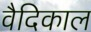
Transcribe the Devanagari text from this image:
वैदिकाल